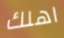
اهلك